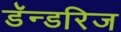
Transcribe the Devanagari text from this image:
डॅन्डरिज